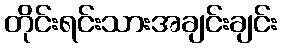
တိုင်းရင်းသားအချင်းချင်း